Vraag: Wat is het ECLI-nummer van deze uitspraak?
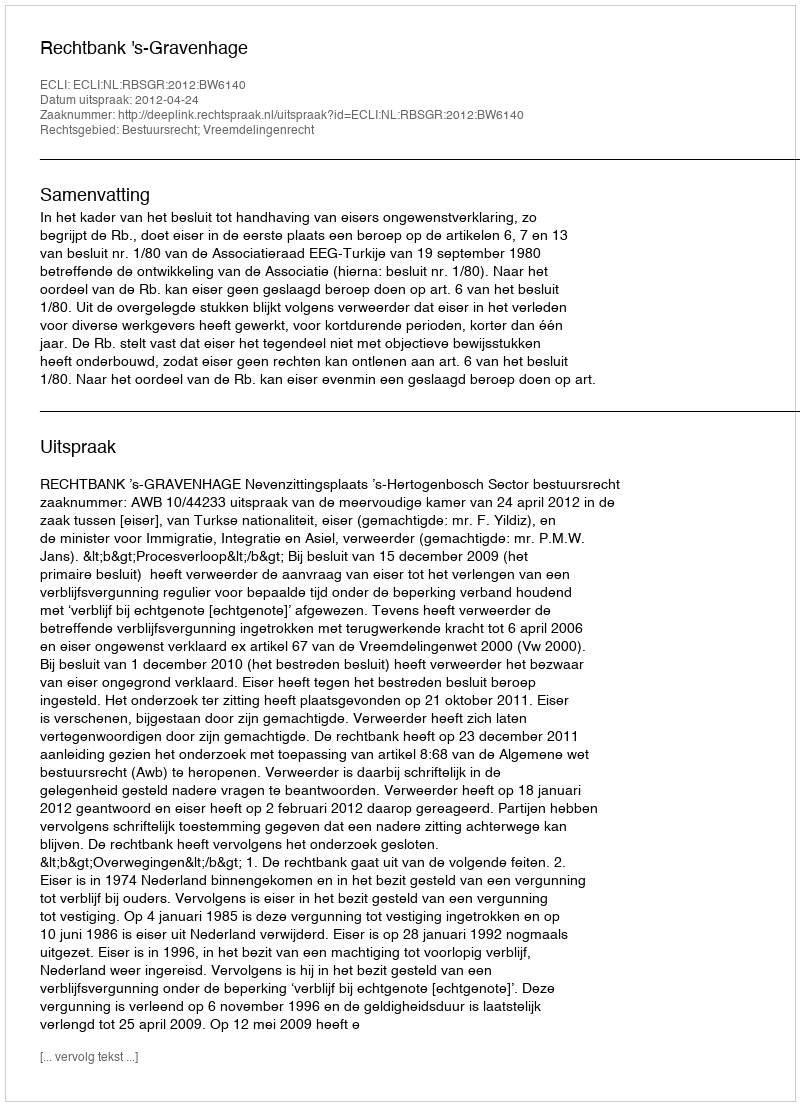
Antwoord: ECLI:NL:RBSGR:2012:BW6140